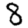
Digit: 8